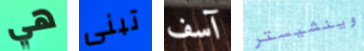
هي تبنى آسف وينشيستر